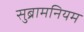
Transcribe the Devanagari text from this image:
सुब्रामनियम